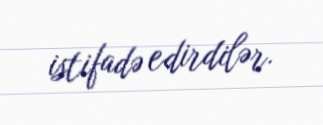
istifadə edirdilər.